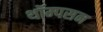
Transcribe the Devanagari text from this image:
थॉम्‍पसन